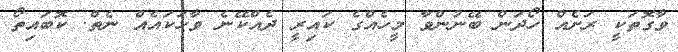
ވާގޮތަކީ ރަށެއް ހޯދަން ބޭނުންވާ މީހެއްގެ ކައިރީ ދެއްކޭނެ ވާހަކައެއް ނެތް. ކޮބައިތޯ